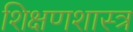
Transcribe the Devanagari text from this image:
शिक्षणशास्‍त्र